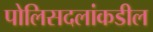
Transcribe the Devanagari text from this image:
पोलिसदलांकडील